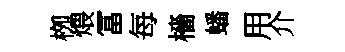
栁煨冨每檣蟠用介